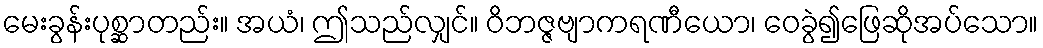
မေးခွန်းပုစ္ဆာတည်း။ အယံ၊ ဤသည်လျှင်။ ဝိဘဇ္ဇဗျာကရဏီယော၊ ဝေခွဲ၍ဖြေဆိုအပ်သော။